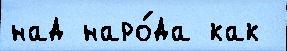
над наро́да как